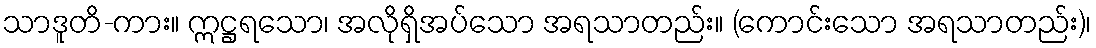
သာဒူတိ-ကား။ ဣဋ္ဌရသော၊ အလိုရှိအပ်သော အရသာတည်း။ (ကောင်းသော အရသာတည်း)၊